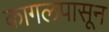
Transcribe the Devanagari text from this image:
कागलपासून